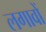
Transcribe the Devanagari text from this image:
लगावों